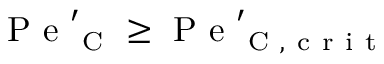
\mathrm { ~ P ~ e ~ } _ { \mathrm { ~ C ~ } } ^ { \prime } \geq \mathrm { ~ P ~ e ~ } _ { \mathrm { ~ C ~ , ~ c ~ r ~ i ~ t ~ } } ^ { \prime }